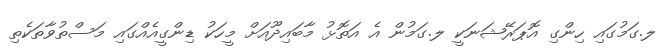
ލ.ގަމުގައި ހިންގި އޮޕަރޭޝަނަކީ ލ.ގަމުން އެ އަތޮޅު މާބައިދޫއަށް މީހަކު ޑިންގީއެއްގައި މަސްތުވާތަކެތި